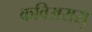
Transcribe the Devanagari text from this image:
कविअरासु